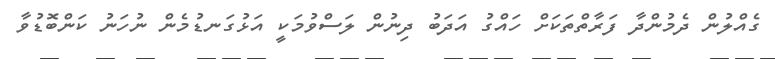
ގެއްލުން ދެމުންދާ ފަރާތްތަކަށް ހައްގު އަދަބު ދިނުން ލަސްވުމަކީ އަޅުގަނޑުމެން ނުހަނު ކަންބޮޑުވާ